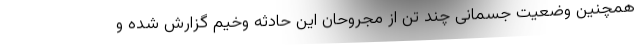
همچنین وضعیت جسمانی چند تن از مجروحان این حادثه وخیم گزارش شده و